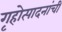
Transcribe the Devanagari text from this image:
गृहोत्पादनांची